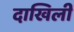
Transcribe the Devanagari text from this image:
दाखिली